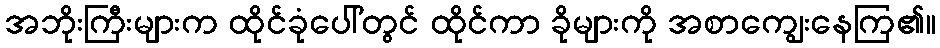
အဘိုးကြီးများက ထိုင်ခုံပေါ်တွင် ထိုင်ကာ ခိုများကို အစာကျွေးနေကြ၏။